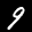
Label: 9